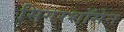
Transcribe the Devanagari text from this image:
सिगरशॉसेन